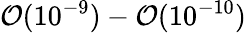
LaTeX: {\cal O}(10^{-9})-{\cal O}(10^{-10})